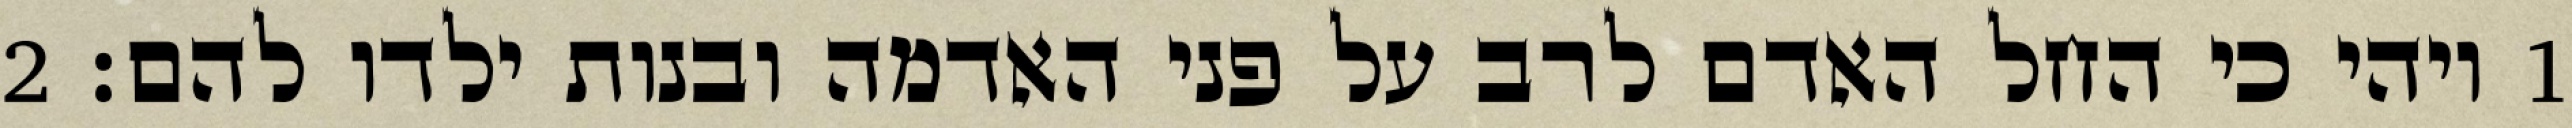
1 ויהי כי החל האדם לרב על פני האדמה ובנות ילדו להם׃ ‎2‏